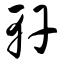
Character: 轩